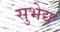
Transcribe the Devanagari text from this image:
सुभेद्य